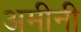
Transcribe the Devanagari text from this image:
अमीनी